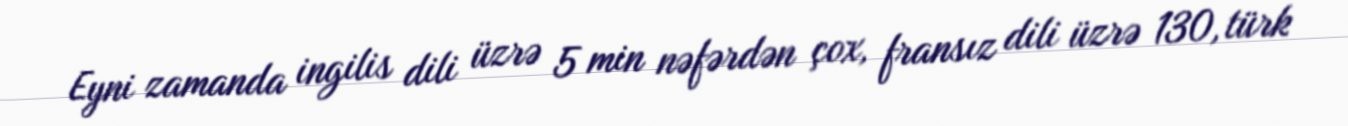
Eyni zamanda ingilis dili üzrə 5 min nəfərdən çox, fransız dili üzrə 130, türk